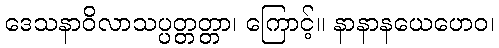
ဒေသနာဝိလာသပ္ပတ္တတ္တာ၊ ကြောင့်။ နာနာနယေဟေဝ၊